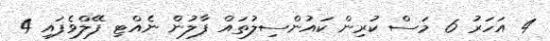
4 އަހަރު 6 މަސް ކުރިން ކައުންސިލުތައް ފާލުން ނެއްޓި ފޭލްވެފައި 4